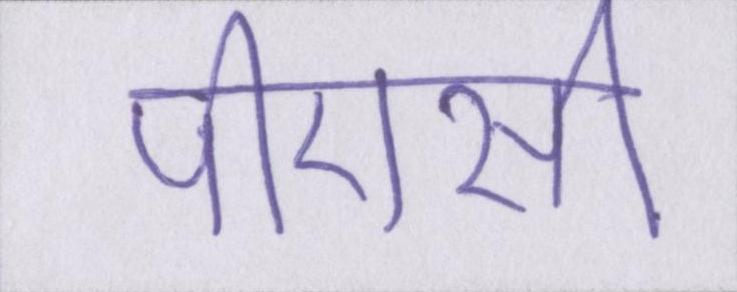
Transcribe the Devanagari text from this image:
पीएसी